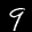
Label: 9